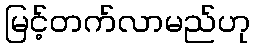
မြင့်တက်လာမည်ဟု